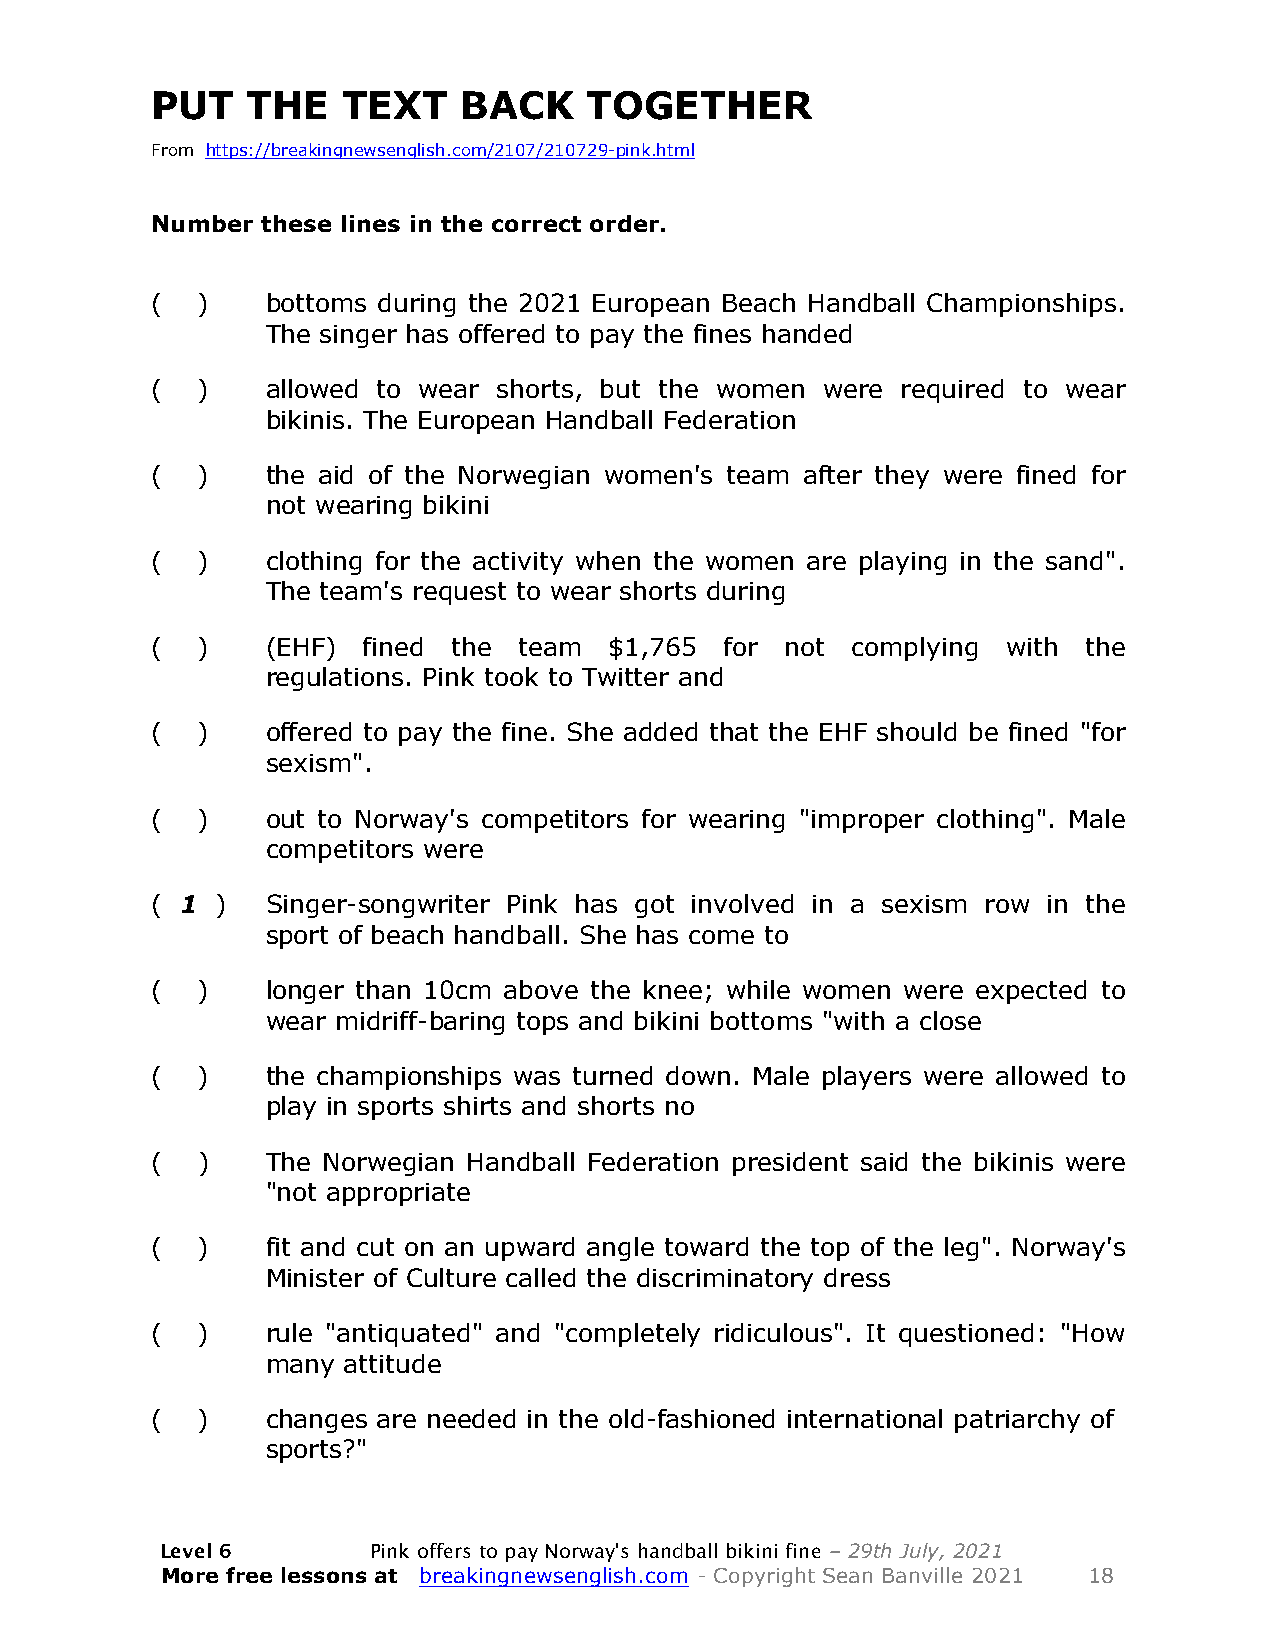
PUT   THE    TEXT    BACK    TOGETHER
 From https://breakingnewsenglish.com/2107/210729-pink.html
 Number these lines in the correct order.
 (  )    bottoms during the 2021 European Beach Handball Championships.
 The singer has offered to pay the fines handed
 (  )    allowed to wear shorts, but the women were required to wear
 bikinis. The European Handball Federation
 (  )    the aid of the Norwegian women's team after they were fined for
 not wearing bikini
 (  )    clothing for the activity when the women are playing in the sand".
 The team's request to wear shorts during
 (  )    (EHF) fined the team  $1,765  for not complying  with the
 regulations. Pink took to Twitter and
 (  )    offered to pay the fine. She added that the EHF should be fined "for
 sexism".
 (  )    out to Norway's competitors for wearing "improper clothing". Male
 competitors were
 ( 1 )   Singer-songwriter Pink has got involved in a sexism row in the
 sport of beach handball. She has come to
 (  )    longer than 10cm above the knee; while women were expected to
 wear midriff-baring tops and bikini bottoms "with a close
 (  )    the championships was turned down. Male players were allowed to
 play in sports shirts and shorts no
 (  )    The Norwegian Handball Federation president said the bikinis were
 "not appropriate
 (  )    fit and cut on an upward angle toward the top of the leg". Norway's
 Minister of Culture called the discriminatory dress
 (  )    rule "antiquated" and "completely ridiculous". It questioned: "How
 many attitude
 (  )    changes are needed in the old-fashioned international patriarchy of
 sports?"
 Level 6      Pink offers to pay Norway's handball bikini fine – 29th July, 2021
 More free lessons at breakingnewsenglish.com - Copyright Sean Banville 2021 18